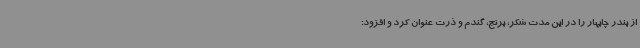
از بندر چابهار را در این مدت شکر، برنج، گندم و ذرت عنوان کرد و افزود: